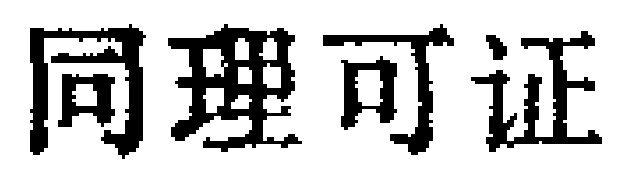
同理可证